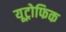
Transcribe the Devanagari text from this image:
यूट्रोफिक